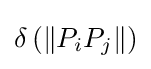
\delta \left(\left\Vert P_{i}P_{j}\right\Vert \right)